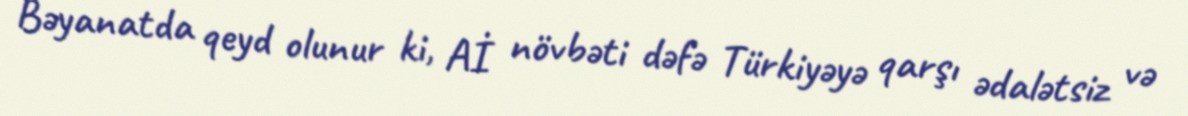
Bəyanatda qeyd olunur ki, Aİ növbəti dəfə Türkiyəyə qarşı ədalətsiz və